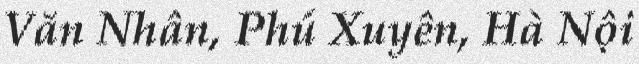
Văn Nhân, Phú Xuyên, Hà Nội